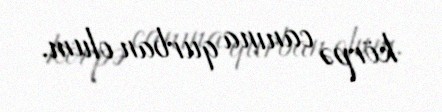
körpə canına qurban olum.